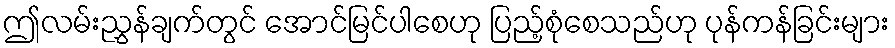
ဤလမ်းညွှန်ချက်တွင် အောင်မြင်ပါစေဟု ပြည့်စုံစေသည်ဟု ပုန်ကန်ခြင်းများ